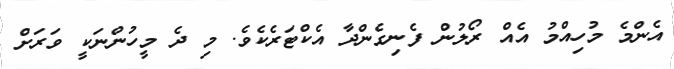
އެންމެ މުހިއްމު އެއް ރޯލުން ފެނިގެންދާ އެކްޓަރެކެވެ. މި ދެ މީހުންނަކީ ވަރަށް